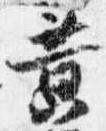
黄